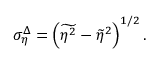
\sigma _ { \eta } ^ { \Delta } = \left( \widetilde { \eta ^ { 2 } } - \widetilde { \eta } ^ { 2 } \right) ^ { 1 / 2 } .